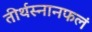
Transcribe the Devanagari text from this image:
तीर्थस्नानफलं